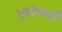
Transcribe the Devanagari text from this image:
भुलेश्वरी